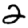
Digit: 2